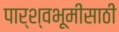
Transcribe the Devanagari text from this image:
पार्श्वभूमीसाठी